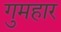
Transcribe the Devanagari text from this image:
गुमहार